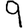
Digit: 9